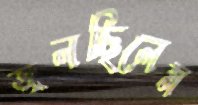
জ্বলছিলেম